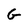
Character: G